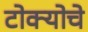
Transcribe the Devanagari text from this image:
टोक्योचे